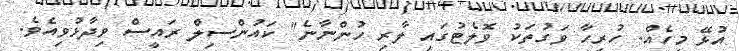
އުޅޭ މީހެއް. ހުރިހާ ވަގުތަކު ވޮލެޓުގައި ލާރި ހުންނާނެ" ކައުންސިލް ރައީސް ވިދާޅުވިއެވެ.